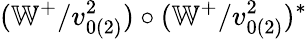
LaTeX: (\mathbb{W}^{+}/v_{0(2)}^{2})\circ(\mathbb{W}^{+}/v_{0(2)}^{2})^{\ast}